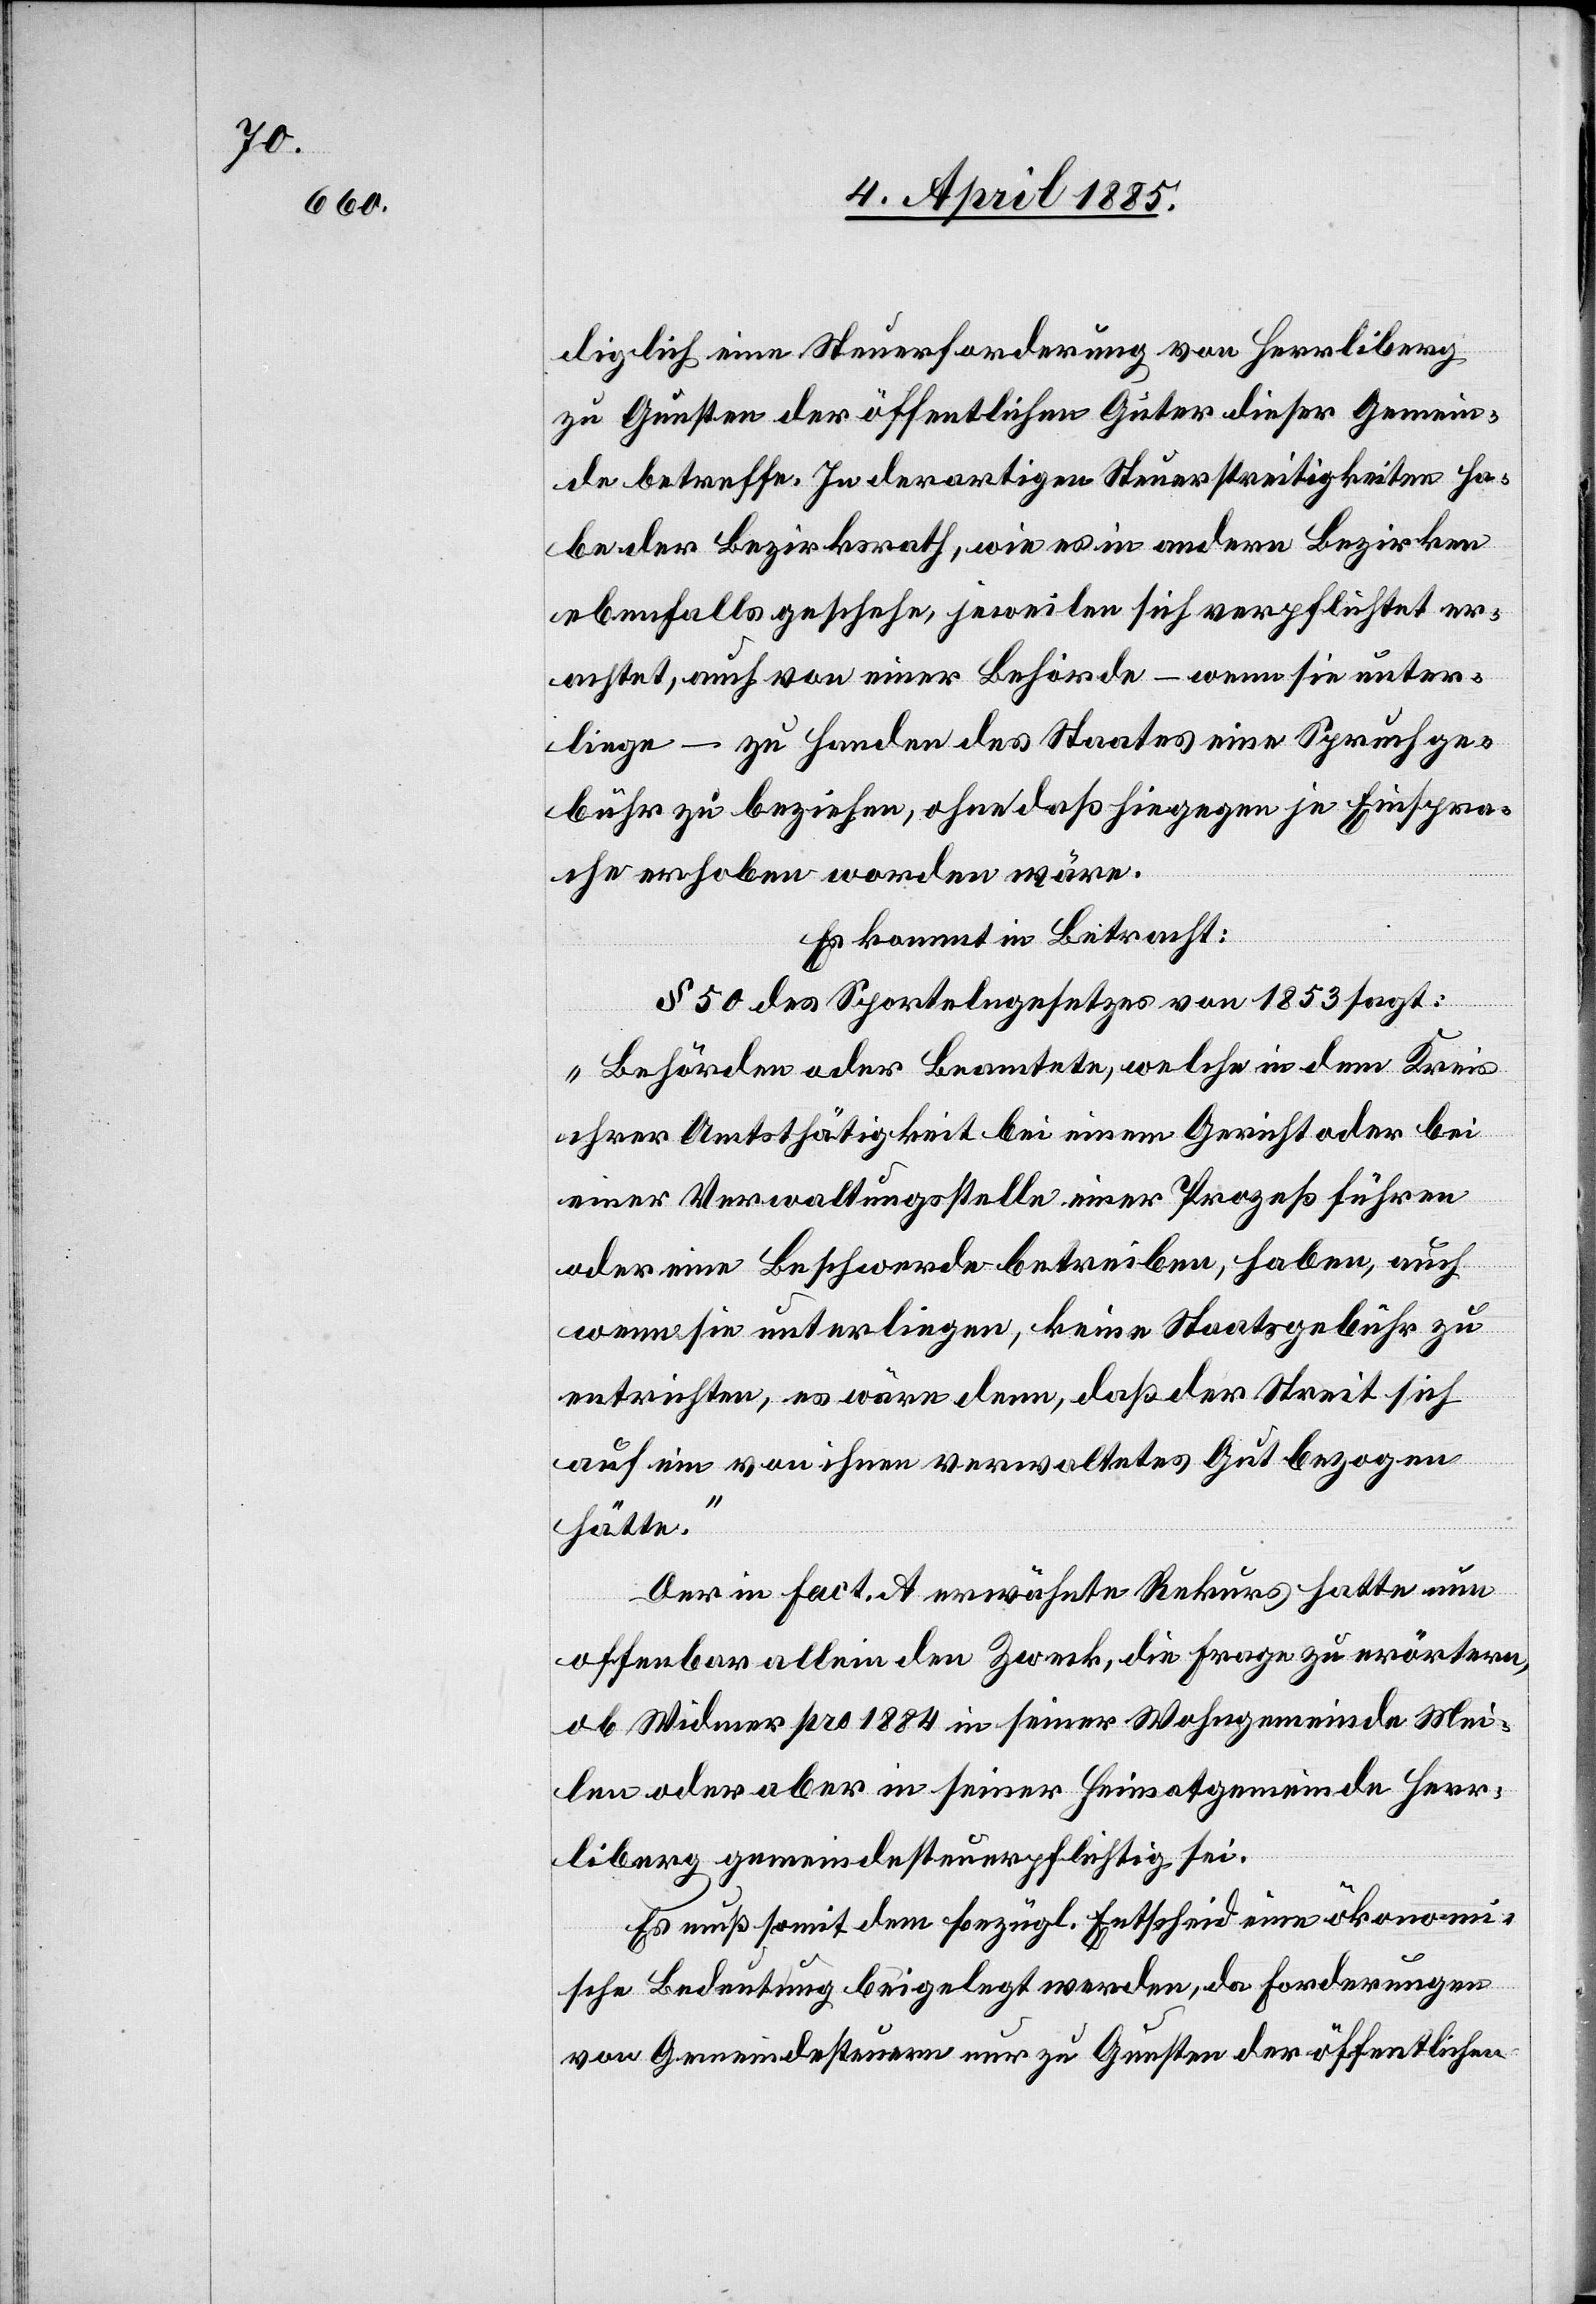
diglich eine Steuerforderung von Herrliberg
zu Gunsten der öffentlichen Güter dieser Gemein¬
de betreffe. In derartigen Steuerstreitigkeiten ha¬
be der Bezirksrath, wie es in andern Bezirken
ebenfalls geschehe, jeweilen sich verpflichtet er¬
achtet, auch von einer Behörde – wenn sie unter¬
liege – zu Handen des Staates eine Spruchge¬
bühr zu beziehen, ohne das hiegegen je Einspra¬
che erhoben worden wäre.
Es kommt in Betracht:
§ 50 des Sportelngesetzes von 1853 sagt:
„Behörden oder Beamtete, welche in dem Kreis
ihrer Amtstätigkeit bei einem Gericht oder bei
einer Verwaltungsstelle einer [sic!] Prozeß führen
oder eine Beschwerde betrieben, haben, auch
wenn sie unterliegen, keine Staatsgebühr zu
entrichten, es wäre denn, daß der Streit sich
auf ein von ihnen verwaltetes Gut bezogen
hätte.“
Der in Fact. A erwähnte Rekurs hatte nun
offenbar allein den Zweck, die Frage zu erörtern,
ob Widmer pro 1884 in seiner Wohngemeinde Mei¬
len oder aber in seiner Heimatgemeinde Herr¬
liberg gemeindesteuerpflichtig sei.
Es muß somit dem bezügl. Entscheid eine ökonomi¬
sche Bedeutung beigelegt werden, da Forderungen
von Gemeindesteuern nur zu Gunsten der öffentlichen